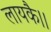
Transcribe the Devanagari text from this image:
लायकै।।